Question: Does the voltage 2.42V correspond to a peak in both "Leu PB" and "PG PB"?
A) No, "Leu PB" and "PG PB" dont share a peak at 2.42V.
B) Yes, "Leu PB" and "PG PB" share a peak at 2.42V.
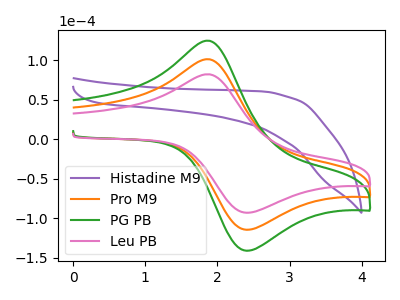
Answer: <think>The purple curve "Histadine M9" has no peaks. The orange curve "Pro M9" has an anodic peak at (1.90V, 101.35uA) and a cathodic peak at (2.40V, -114.85uA). The green curve "PG PB" has an anodic peak at (1.90V, 202.65uA) and a cathodic peak at (2.40V, -229.65uA). The pink curve "Leu PB" has an anodic peak at (1.90V, 82.30uA) and a cathodic peak at (2.40V, -93.25uA).</think>
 <answer>B) Yes, "Leu PB" and "PG PB" share a peak at 2.42V.</answer>
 <eval>B</eval>